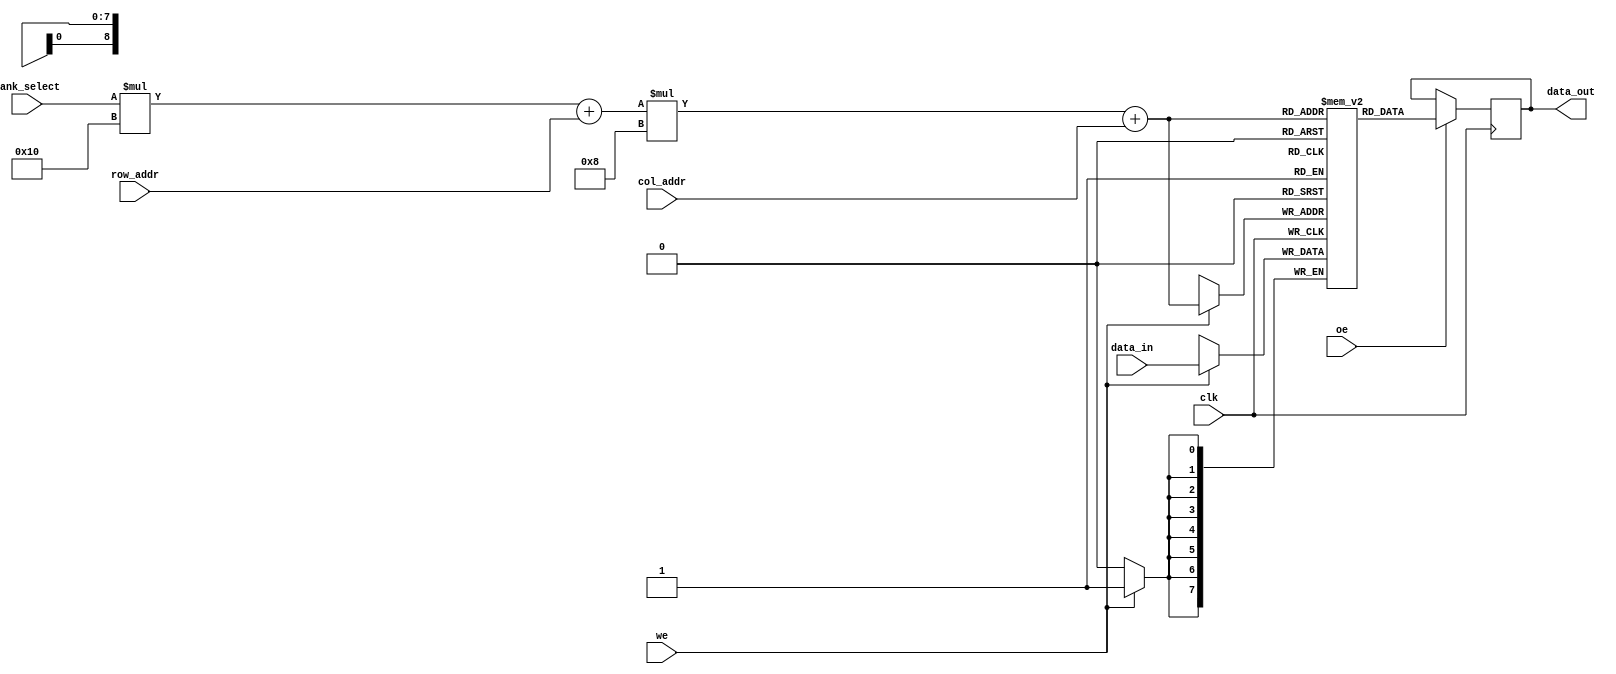
module multibank_sram #(
    parameter N_BANKS = 4,        // Number of banks
    parameter ROWS = 16,           // Number of rows per bank
    parameter COLS = 8,            // Number of columns per bank
    parameter DATA_WIDTH = 8       // Data width
)(
    input wire clk,                // Clock signal
    input wire [N_BANKS-1:0] bank_select, // Bank select lines
    input wire [ROWS-1:0] row_addr, // Row address
    input wire [COLS-1:0] col_addr, // Column address
    input wire [DATA_WIDTH-1:0] data_in, // Data input
    input wire we,                 // Write enable
    input wire oe,                 // Output enable
    output reg [DATA_WIDTH-1:0] data_out // Data output
);

    // Memory banks
    reg [DATA_WIDTH-1:0] memory [0:N_BANKS-1][0:ROWS-1][0:COLS-1];

    // Read/Write operations
    always @(posedge clk) begin
        if (we) begin
            // Write operation
            memory[bank_select][row_addr][col_addr] <= data_in;
        end
    end

    always @(posedge clk) begin
        if (oe) begin
            // Read operation
            data_out <= memory[bank_select][row_addr][col_addr];
        end
    end

endmodule